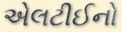
એલટીઈનો